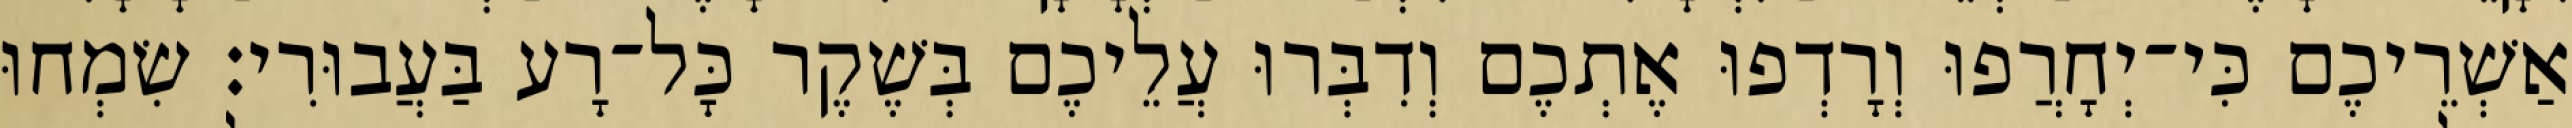
אַשְׁרֵיכֶם כִּי־יְחָרֲפוּ וְרָדְפוּ אֶתְכֶם וְדִבְּרוּ עֲלֵיכֶם בְּשֶׁקֶר כָּל־רָע בַּעֲבוּרִי׃ שִׂמְחוּ